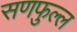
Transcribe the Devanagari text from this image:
सणफुल्ल